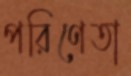
পরিণেতা